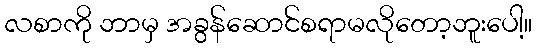
လစာကို ဘာမှ အခွန်ဆောင်စရာမလိုတော့ဘူးပေါ့။